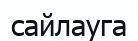
сайлауга